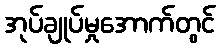
အုပ်ချုပ်မှုအောက်တွင်